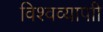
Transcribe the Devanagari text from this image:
विश्वव्यापाी